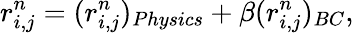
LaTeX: r_{i,j}^{n}=(r_{i,j}^{n})_{Physics}+\beta(r_{i,j}^{n})_{BC},